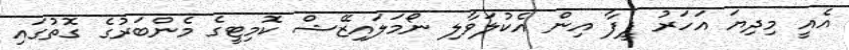
އެއީ މިދިޔަ އަހަރު ފީފާ އިން އެކުލަވާލި ނޯމަލައިޒޭޝް ކޮމިޓީގެ މެންބަރުގެ ގޮތުގައި